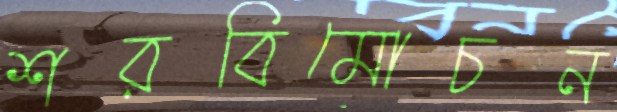
শরবিমোচন